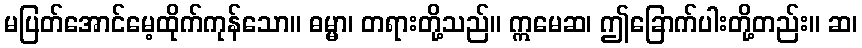
မပြတ်အောင်မေ့ထိုက်ကုန်သော။ ဓမ္မာ၊ တရားတို့သည်။ ဣမေဆ၊ ဤခြောက်ပါးတို့တည်း။ ဆ၊